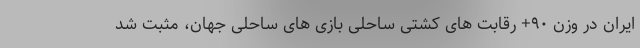
ایران در وزن ۹۰+ رقابت های کشتی ساحلی بازی های ساحلی جهان، مثبت شد